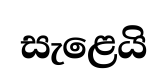
සැළෙයි